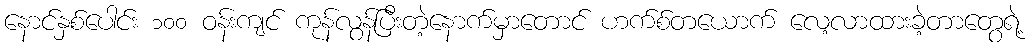
နောင်နှစ်ပေါင်း ၁၀၀ ဝန်းကျင် ကုန်လွန်ပြီးတဲ့နောက်မှာတောင် ဟက်စ်တယောက် လေ့လာထားခဲ့တာတွေရဲ့